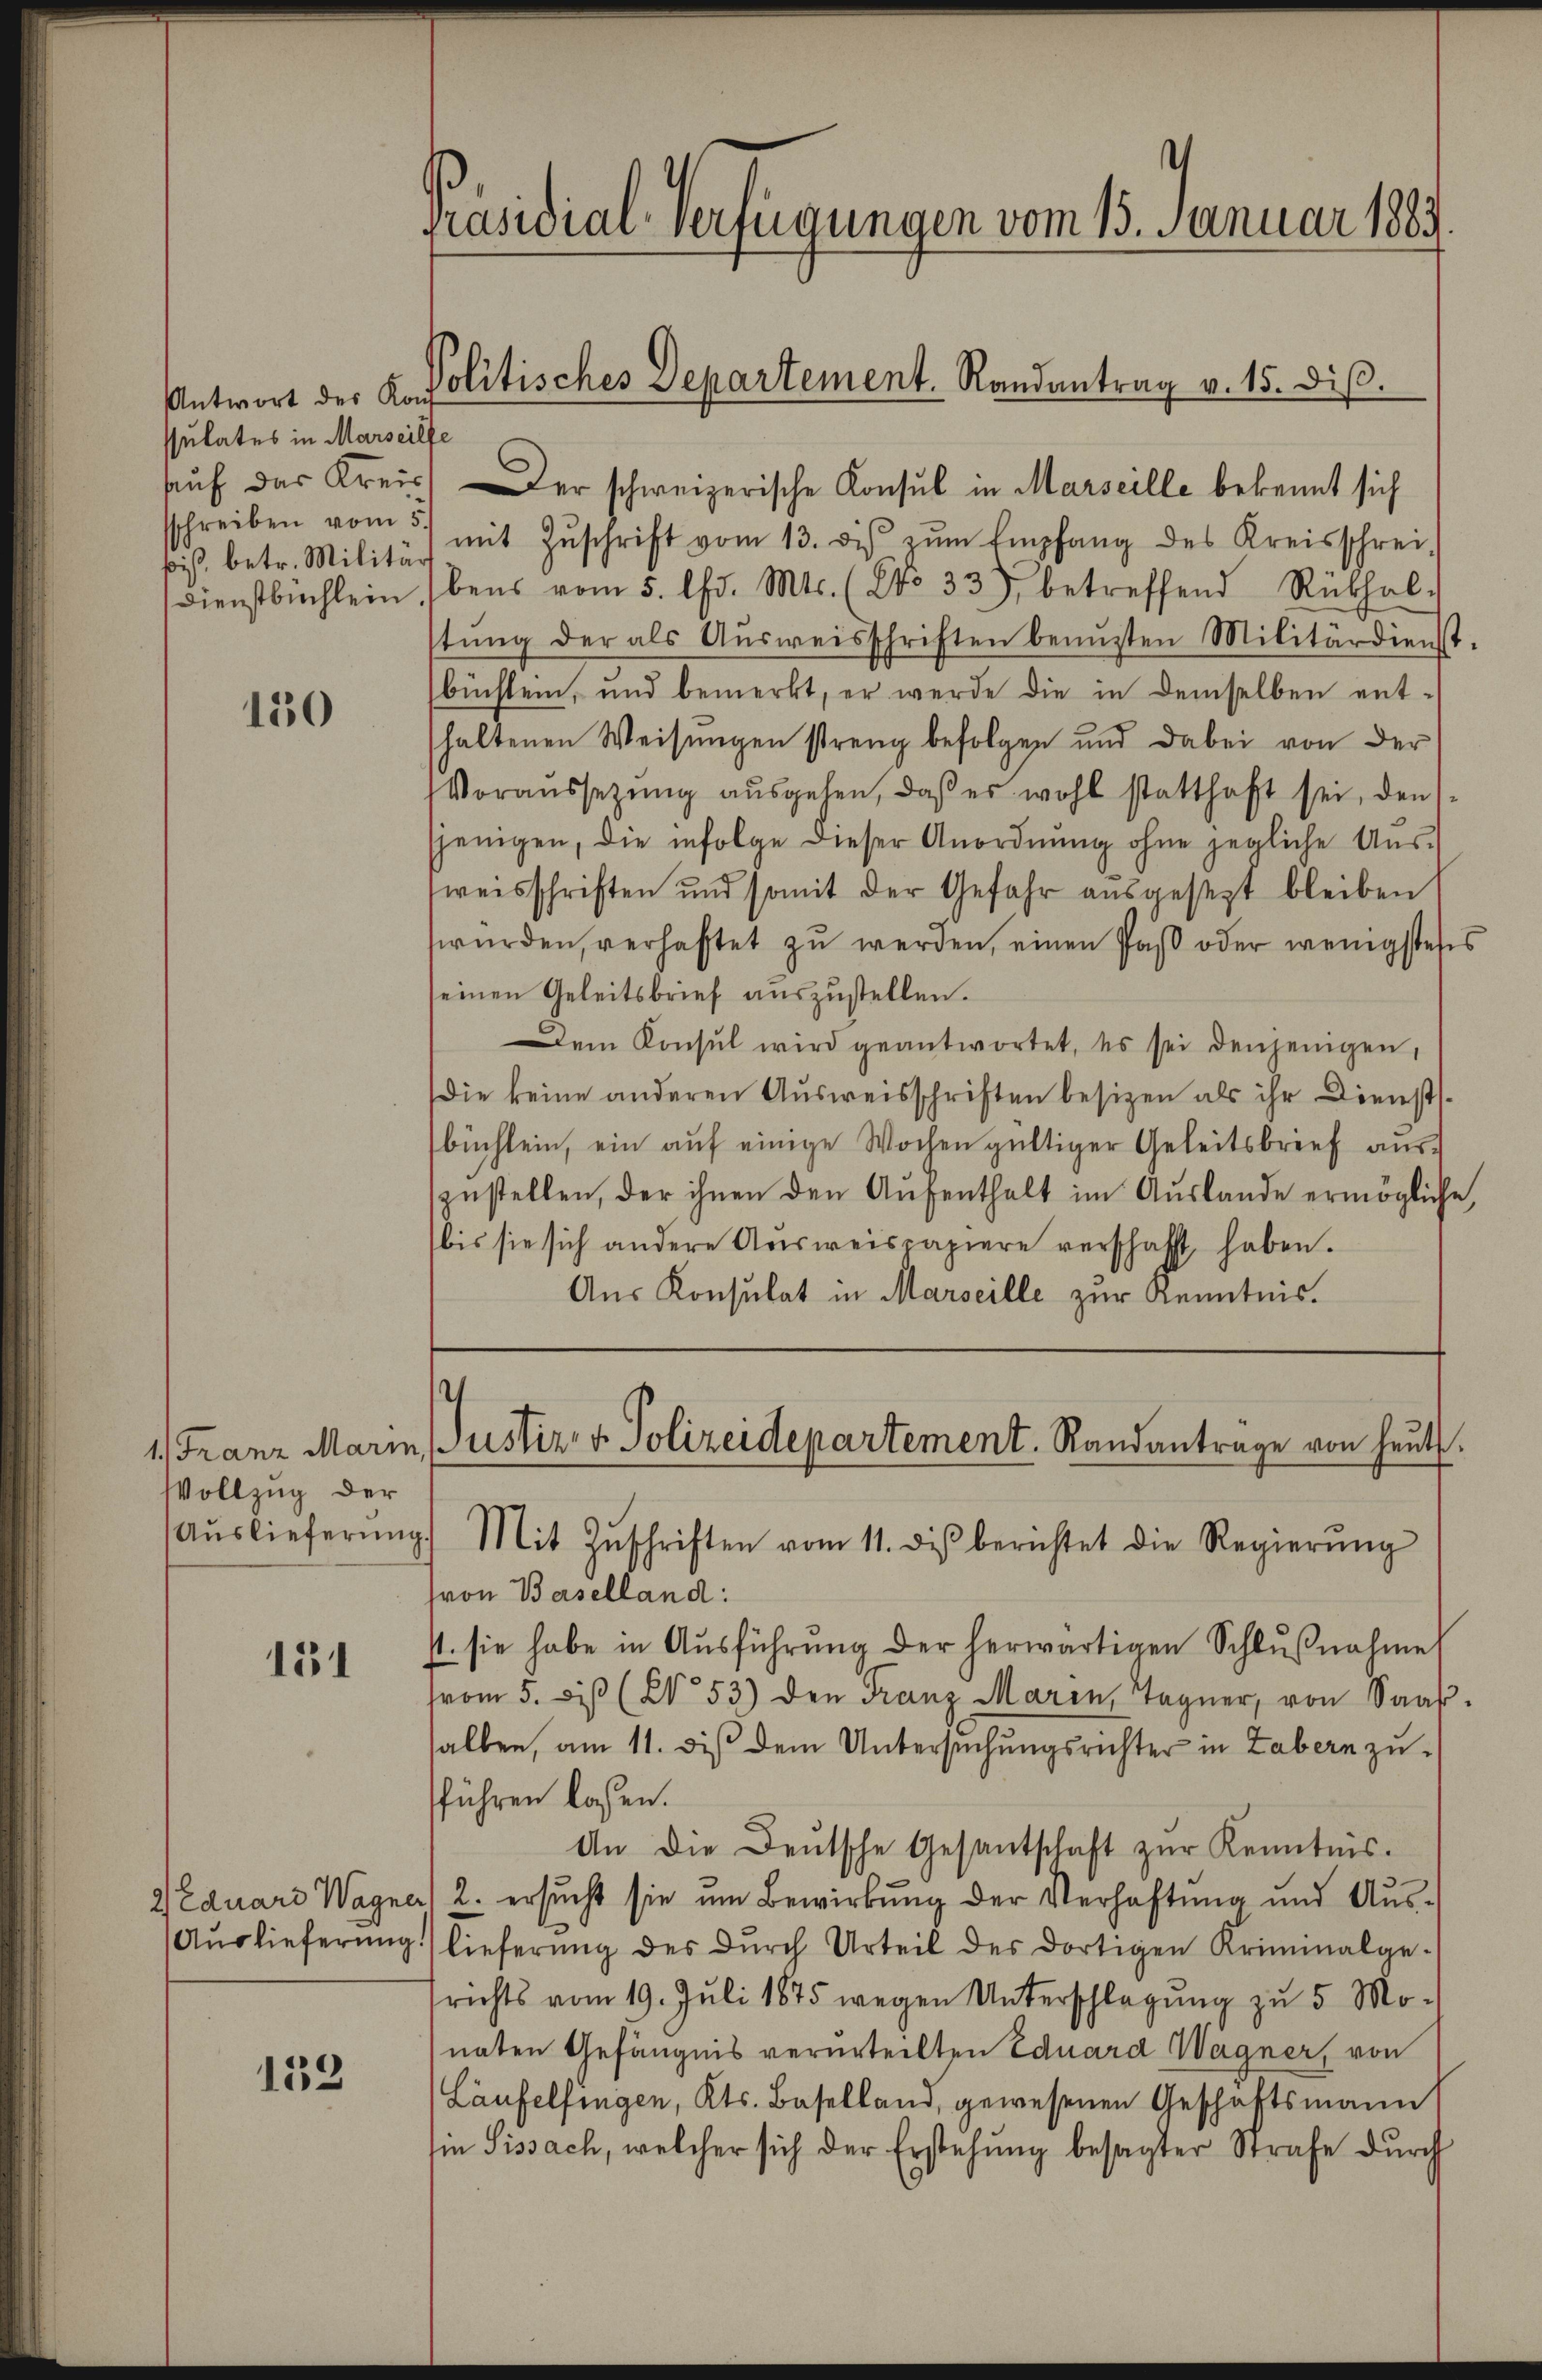
Antwort des Kant
ssulates in Marseilfe
sschreiben vom 5
biß, betr. Militär

150

1) Franz Marin,
Vollzug der
Auslieferŭng.

131

WEduard Wagner
Auslieferung.

133

Präsidial-Verfügungen vom 15. Januar 1883
Politisches Departement. Randantrag v. 15. diβ.

sauf das Kreis. Der schweizerische Konsul in Marseille bekannt sich
mit Zŭschrift vom 13. dis zŭm Empfang des Kreisschrei-
Dienstbuchlein (bens vom 5. Chr. Mts. (No 33) betreffend Rükhal-
stŭng der als Aŭsweisschriften benuzten Militärdienst-
büchlem, und bemerkt, er werde die in demselben ent-
haltenen Weisŭngen streng befolgen und dabei von der
Voraussetzŭng aŭsgehen, daβ es wohl statthaft sei, den
sjenigen, die infolge dieser Anordnŭng ohne jegliche Aŭs-
weisschriften und somit der Gefahr ausgesezt bleiben,
würden, verhaftet zu werden, einen Paß oder wenigstess
seinen Geleitsbrief auszustellen.
Dem Konsul wird geantwortet, es sei denjenigen,
Die keine anderen Ausweisschriften besizen als ihr Dienstsbüchlein, ein auf einige Wochen gültiger Geleitsbrief auszŭstellen, der ihnen den Aŭfenthalt im Auslande ermögliche
bis sie sich andere Ausweispapiere verschafft haben.
Aus Konsulat in Marseille zur Kenntnis.

Justiz- & Polizeidepartement. Randantrage von heŭt.
Mit Zŭschriften vom 11. dis berichtet die Regierŭng

(von Baselland:
st. sie habe in Aŭsführung der herwärtigen Schlŭβnahme
from 5. di (X 53) den Franz Maren Tagner, von Saaβ-
halben, am 11. di dem Untersuchungsrichter in Labern zufführen lassen.
An die Deutsche Gesantschaft zŭr Kenntnis.
) 2. ersŭcht sie um Bewirkung der Verhaftung und Auslieferung des dŭrch Urteil des dortigen Kriminalge-
srichts vom 19. Juli 1875 wegen Unterschlagung zu 5 Mo-
naten Gefängnis verurteilten Eduard Wagner, von
Läufelfingen, Kts. Baselland, gewesenen Geschäftsmann
sie Sissach, welcher sich der Erstehung besagter Strafe durch